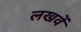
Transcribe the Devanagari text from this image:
लखवें